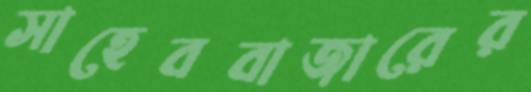
সাহেববাজারের